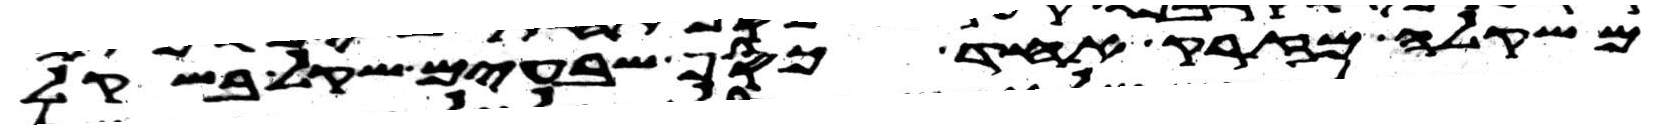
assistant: משקלה מזרק אחד כסף שבעים שקל בשקל